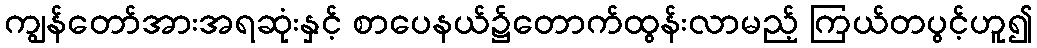
ကျွန်တော်အားအရဆုံးနှင့် စာပေနယ်၌တောက်ထွန်းလာမည့် ကြယ်တပွင့်ဟူ၍